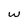
Character: w